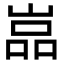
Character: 嵓